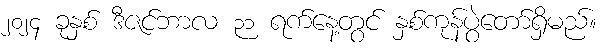
၂၀၂၄ ခုနှစ် ဒီဇင်ဘာလ ၃၁ ရက်နေ့တွင် နှစ်ကုန်ပွဲတော်ရှိမည်။